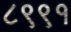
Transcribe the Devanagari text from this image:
८९९१